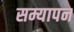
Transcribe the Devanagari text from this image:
सम्यापन